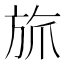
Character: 𬀄